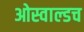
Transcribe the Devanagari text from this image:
ओस्वाल्डच